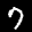
Label: 7